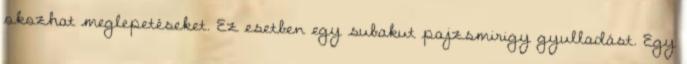
okozhat meglepetéseket. Ez esetben egy subakut pajzsmirigy gyulladást. Egy